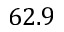
6 2 . 9